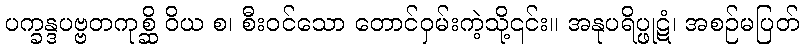
ပက္ခန္ဒပဗ္ဗတကုစ္ဆိ ဝိယ စ၊ စီးဝင်သော တောင်ဝှမ်းကဲ့သို့၎င်း။ အနုပရိပ္ဖုဋံ၊ အစဉ်မပြတ်